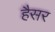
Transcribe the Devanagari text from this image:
हैसर